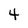
Character: 4